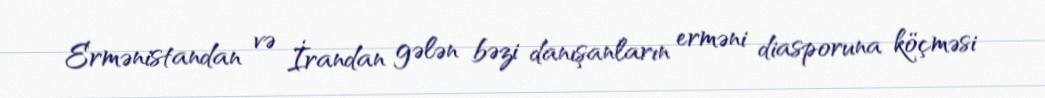
Ermənistandan və İrandan gələn bəzi danışanların erməni diasporuna köçməsi